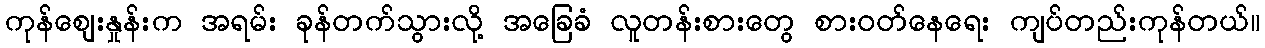
ကုန်ဈေးနှုန်းက အရမ်း ခုန်တက်သွားလို့ အခြေခံ လူတန်းစားတွေ စားဝတ်နေရေး ကျပ်တည်းကုန်တယ်။